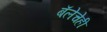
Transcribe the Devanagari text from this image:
बॅलेचेही